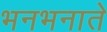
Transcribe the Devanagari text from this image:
भनभनाते